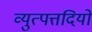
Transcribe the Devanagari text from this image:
व्युत्पत्तदियों